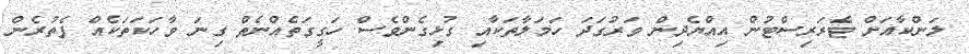
ލަންކާއަށް ޓެރަރިސްޓުން އިއްޔެދިން ވަރުގަދަ ހަމަލާތަކާއި ގުޅިގެންވެސް ހަގީގަތެއްނެތް ގިނަ ވާހަކަތަކެއް ފެތުރެން